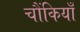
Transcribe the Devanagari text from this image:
चौंकियाँ